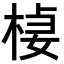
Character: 𣔃